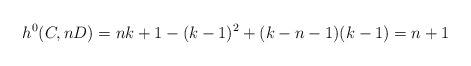
\begin{align*} h^0(C,nD) = nk+1-(k-1)^2+(k-n-1)(k-1) = n+1\end{align*}